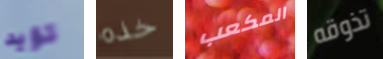
تؤيد خذه المكعب تذوقه